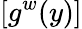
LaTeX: [g^{w}(y)]